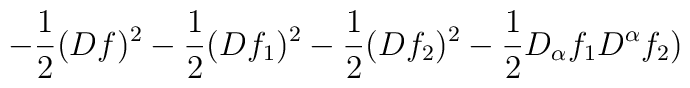
- \frac{1}{2} (Df)^2 - \frac{1}{2} (Df_1 )^2 - \frac{1}{2} (Df_2 )^2- \frac{1}{2} D_{\alpha} f_1 D^{\alpha} f_2 )